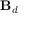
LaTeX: \mathbf { B } _ { d }